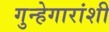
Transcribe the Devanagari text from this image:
गुन्हेगारांशी